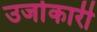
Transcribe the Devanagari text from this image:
उर्जाकारी